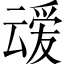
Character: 叆